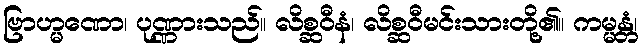
ဗြာဟ္မဏော၊ ပုဏ္ဏားသည်။ လိစ္ဆဝီနံ၊ လိစ္ဆဝီမင်းသားတို့၏။ ကမ္မန္တံ၊